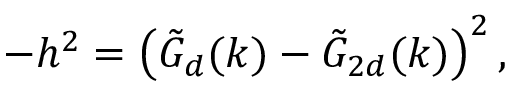
- h ^ { 2 } = \left( \tilde { G } _ { d } ( k ) - \tilde { G } _ { 2 d } ( k ) \right) ^ { 2 } ,